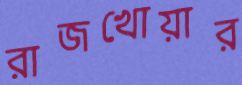
রাজখোয়ার